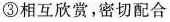
③相互欣赏，密切配合